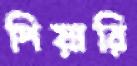
পিয়ারি